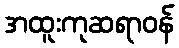
အထူးကုဆရာဝန်